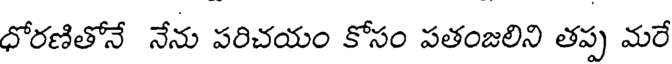
ధోరణితోనే నేను పరిచయం కోసం పతంజలిని తప్ప మరే